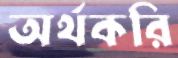
অর্থকরি